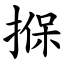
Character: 㨐